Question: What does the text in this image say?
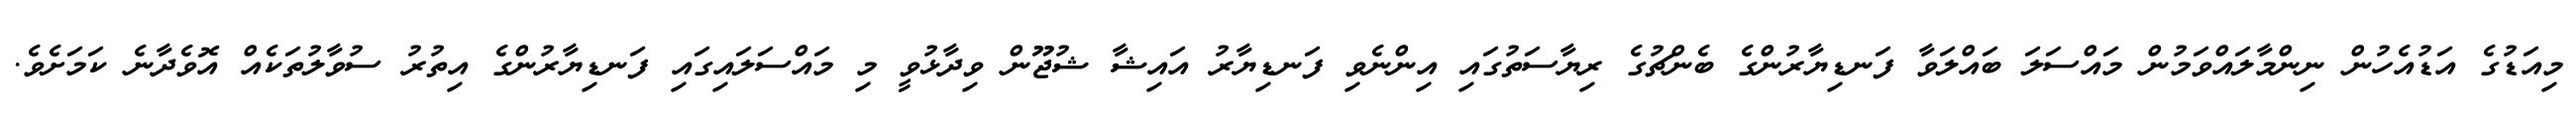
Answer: މިއަޑުގެ އަޑުއެހުން ނިންމާލައްވަމުން މައްސަލަ ބައްލަވާ ފަނޑިޔާރުންގެ ބެންޗުގެ ރިޔާސަތުގައި އިންނެވި ފަނޑިޔާރު އައިޝާ ޝުޖޫން ވިދާޅުވީ މި މައްސަލައިގައި ފަނޑިޔާރުންގެ އިތުރު ސުވާލުތަކެއް އޮވެދާނެ ކަމަށެވެ.